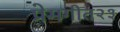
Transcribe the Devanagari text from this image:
प्रेमगीत२३